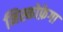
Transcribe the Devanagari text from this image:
मिस्कोफ़ेगा